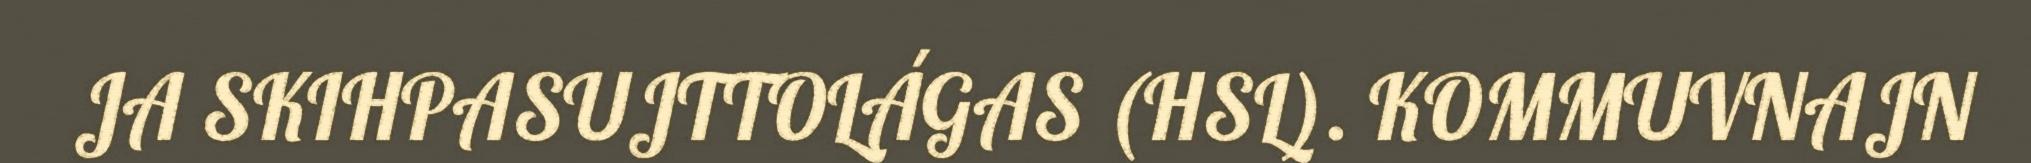
JA SKIHPASUJTTOLÁGAS (HSL). KOMMUVNAJN